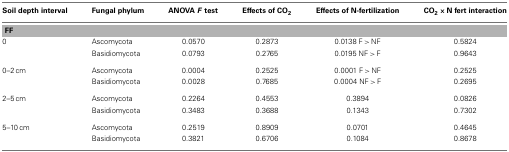
| Soil depth interval | Fungal phylum | ANOVA F test | Effects of CO2 | Effects of N-fertilization | CO2 × N fert interaction |
 | --- | --- | --- | --- | --- | --- |
 | <COLSPAN=6> FF |
 | 0 | Ascomycota | 0.0570 | 0.2873 | 0.0138 F > NF | 0.5824 |
 |  | Basidiomycota | 0.0793 | 0.2765 | 0.0195 NF > F | 0.9643 |
 | 0–2 cm | Ascomycota | 0.0004 | 0.2525 | 0.0001 F > NF | 0.2525 |
 |  | Basidiomycota | 0.0028 | 0.7685 | 0.0004 NF > F | 0.2695 |
 | 2–5 cm | Ascomycota | 0.2264 | 0.4553 | 0.3894 | 0.0826 |
 |  | Basidiomycota | 0.3483 | 0.3688 | 0.1343 | 0.7302 |
 | 5–10 cm | Ascomycota | 0.2519 | 0.8909 | 0.0701 | 0.4645 |
 |  | Basidiomycota | 0.3821 | 0.6706 | 0.1084 | 0.8678 |